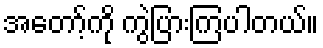
အတော့်ကို ကွဲပြားကြပါတယ်။